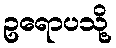
ဥရောပသို့